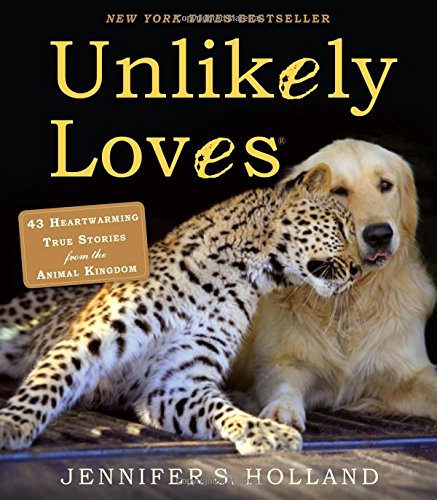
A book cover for Unlikely Loves: 43 Heartwarming True Stories from the Animal Kingdom; Jennifer S. Holland; Crafts, Hobbies & Home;